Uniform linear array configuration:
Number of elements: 16
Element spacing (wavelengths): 0.75
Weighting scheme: cosine
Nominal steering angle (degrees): -60
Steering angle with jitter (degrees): -61.001
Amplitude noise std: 0.05
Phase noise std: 0.05

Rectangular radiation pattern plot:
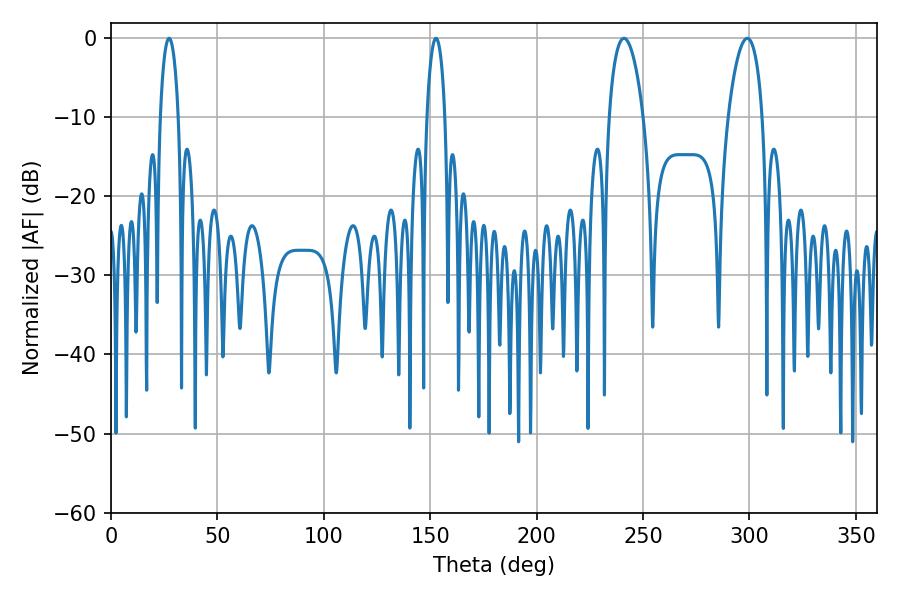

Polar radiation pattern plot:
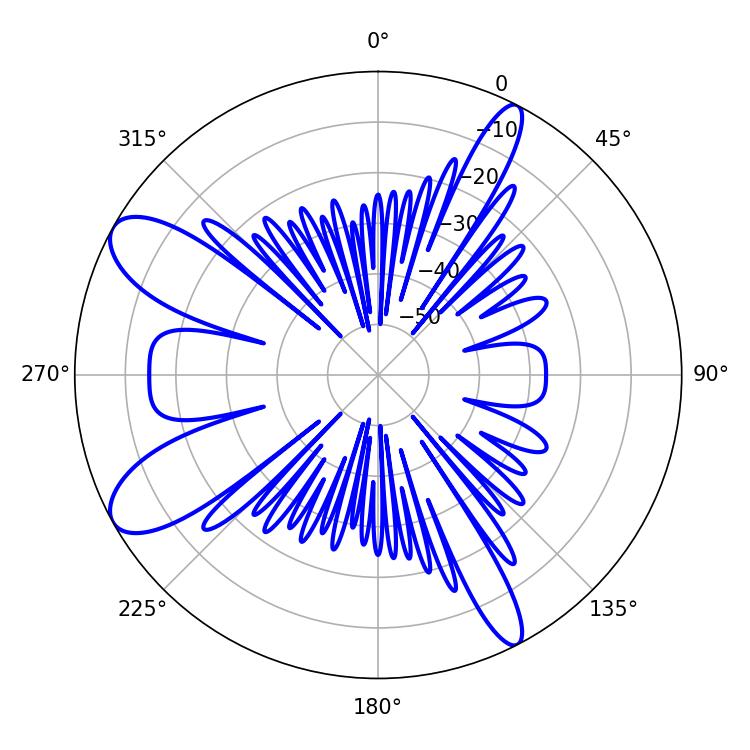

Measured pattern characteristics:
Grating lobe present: TRUE
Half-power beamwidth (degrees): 9
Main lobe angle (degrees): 241.02